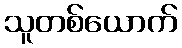
သူတစ်ယောက်